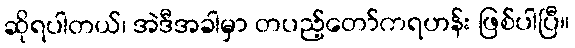
ဆိုရပါတယ်၊ အဲဒီအခါမှာ တပည့်တော်ကရဟန်း ဖြစ်ပါပြီ။